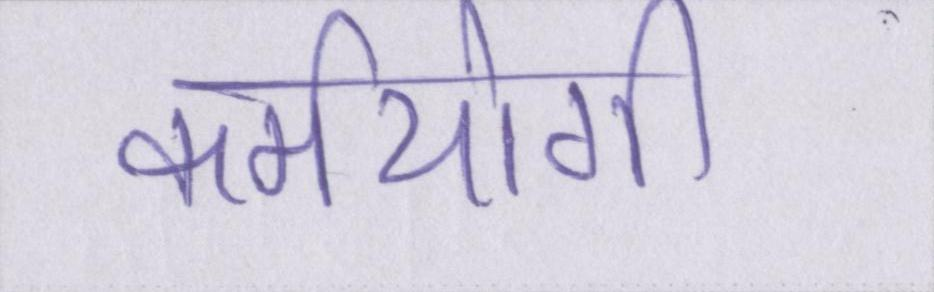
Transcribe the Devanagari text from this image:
कर्मयोगी